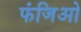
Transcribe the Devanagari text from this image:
फंजिओ